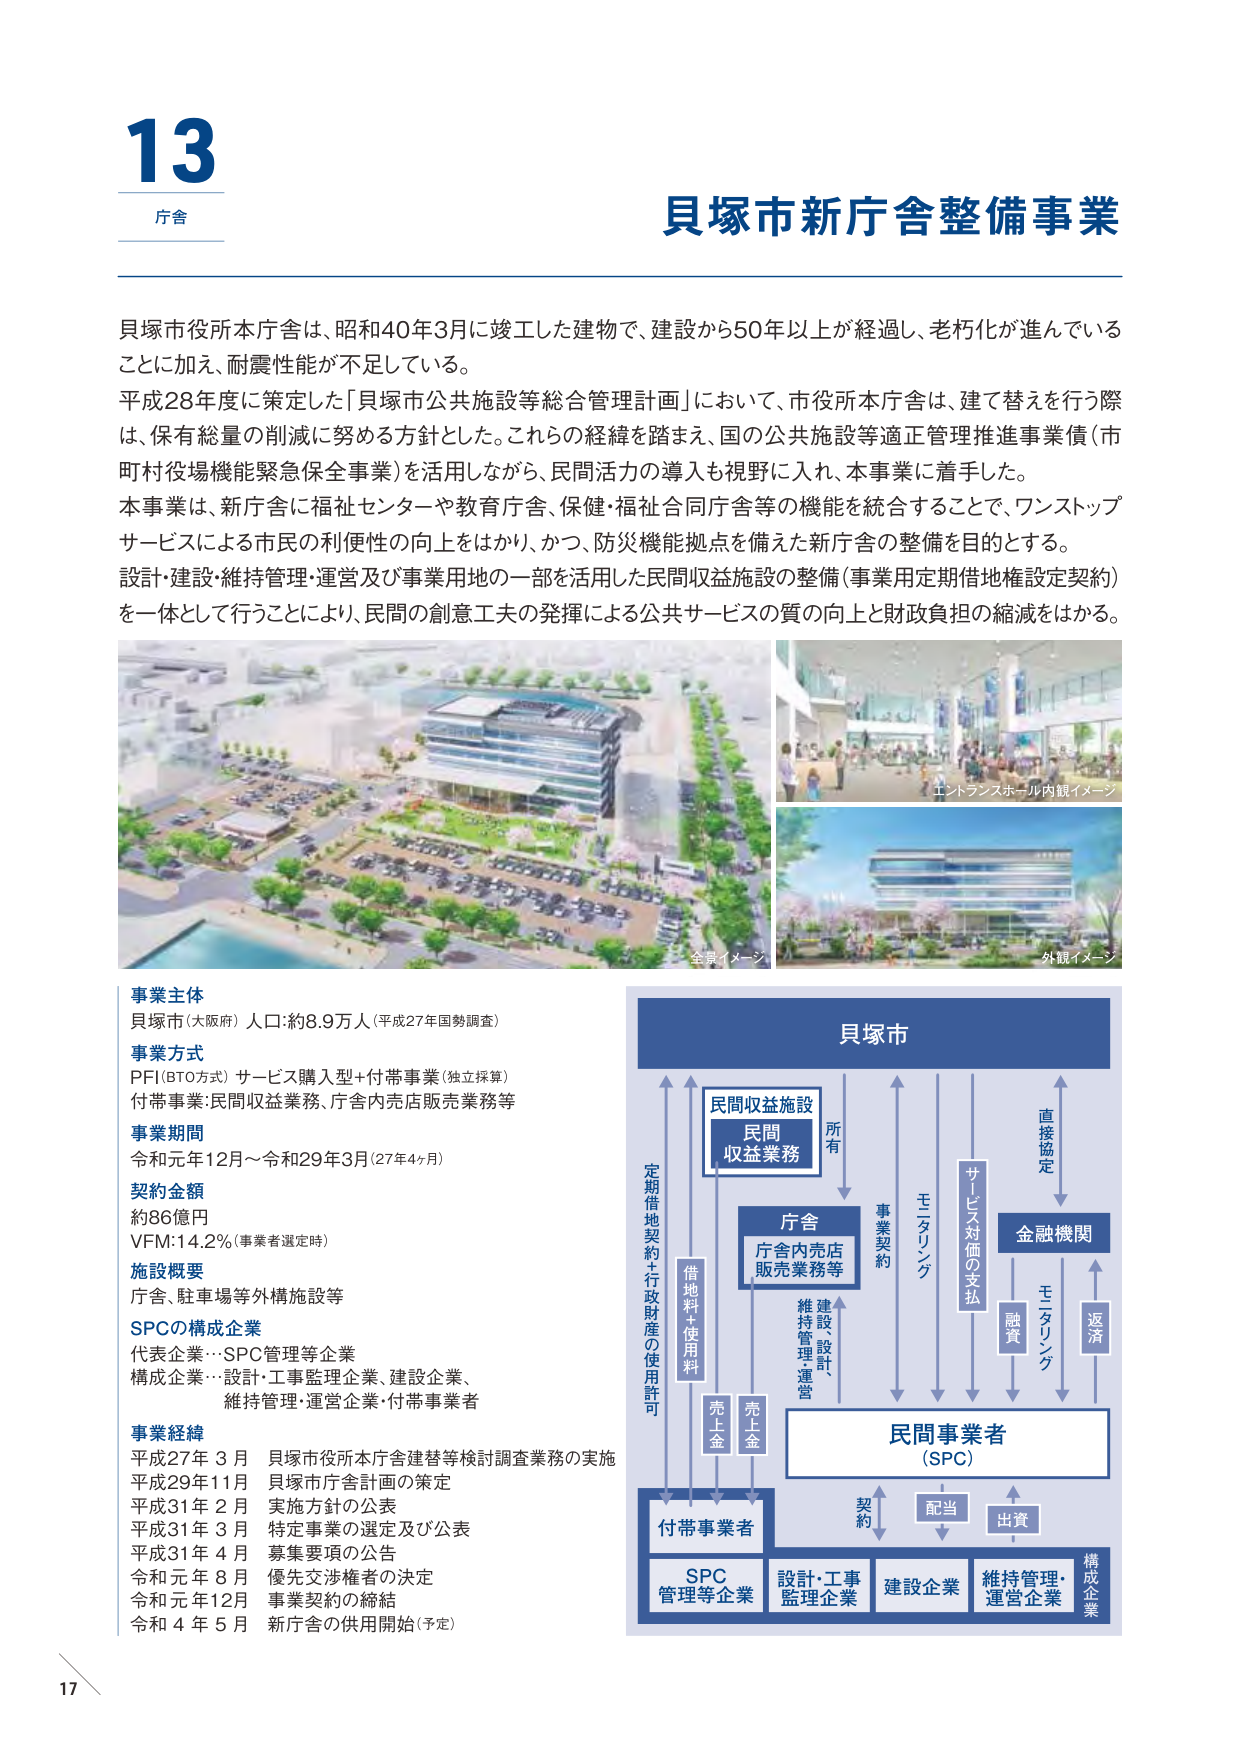
13
庁舎

貝塚市新庁舎整備事業

貝塚市役所本庁舎は、昭和40年3月に竣工した建物で、建設から50年以上が経過し、老朽化が進んでいることに加え、耐震性能が不足している。
平成28年度に策定した「貝塚市公共施設等総合管理計画」において、市役所本庁舎は、建て替えを行う際は、保有総量の削減に努める方針とした。これらの経緯を踏まえ、国の公共施設等適正管理推進事業債（市町村役場機能緊急保全事業）を活用しながら、民間活力の導入も視野に入れ、本事業に着手した。
本事業は、新庁舎に福祉センターや教育庁舎、保健・福祉合同庁舎等の機能を統合することで、ワンストップサービスによる市民の利便性の向上をはかり、かつ、防災機能拠点を備えた新庁舎の整備を目的とする。
設計・建設・維持管理・運営及び事業用地の一部を活用した民間収益施設の整備（事業用定期借地権設定契約）を一体として行うことにより、民間の創意工夫の発揮による公共サービスの質の向上と財政負担の縮減をはかる。

全景イメージ
エントランスホール内観イメージ
外観イメージ

事業主体
貝塚市（大阪府） 人口：約8.9万人（平成27年国勢調査）

事業方式
PFI（BTO方式）サービス購入型＋付帯事業（独立採算）
付帯事業：民間収益業務、庁舎内売店販売業務等

事業期間
令和元年12月～令和29年3月（27年4ヶ月）

契約金額
約86億円
VFM：14.2％（事業者選定時）

施設概要
庁舎、駐車場等外構施設等

SPCの構成企業
代表企業…SPC管理等企業
構成企業…設計・工事監理企業、建設企業、
維持管理・運営企業・付帯事業者

事業経緯
平成27年 3月 貝塚市役所本庁舎建替等検討調査業務の実施
平成29年11月 貝塚市庁舎計画の策定
平成31年 2月 実施方針の公表
平成31年 3月 特定事業の選定及び公表
平成31年 4月 募集要項の公告
令和元年 8月 優先交渉権者の決定
令和元年12月 事業契約の締結
令和 4年 5月 新庁舎の供用開始（予定）

貝塚市
民間収益施設
民間収益業務
所有
事業契約
モニタリング
サービス対価の支払
金融機関
直接協定
融資
モニタリング
返済
庁舎
庁舎内売店
販売業務等
維持管理、設計、
運営
定期借地契約＋行政財産の使用許可
借地料＋使用料
売上金
売上金
民間事業者
（SPC）
契約
配当
出資
付帯事業者
SPC管理等企業
設計・工事監理企業
建設企業
維持管理・運営企業
構成企業

17